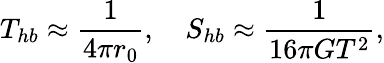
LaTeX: T_{hb}\approx{\frac{1}{4\pi r_{0}}},\quad S_{hb}\approx{\frac{1}{16\pi GT^{2}}},